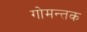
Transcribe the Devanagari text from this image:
गोमन्तक